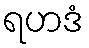
ရဟဒံ